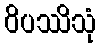
ဝိပဿိသုံ